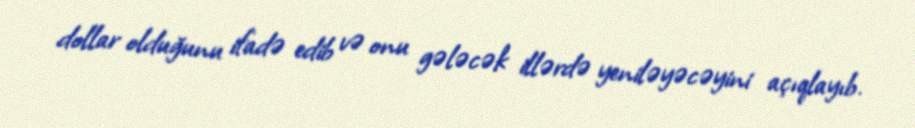
dollar olduğunu ifadə edib və onu gələcək illərdə yeniləyəcəyini açıqlayıb.